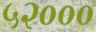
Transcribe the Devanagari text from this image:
५२०००